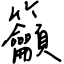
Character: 籲